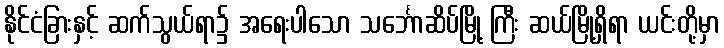
နိုင်ငံခြားနှင့် ဆက်သွယ်ရာ၌ အရေးပါသော သင်္ဘောဆိပ်မြို့ ကြီး ဆယ်မြို့ရှိရာ ယင်းတို့မှာ